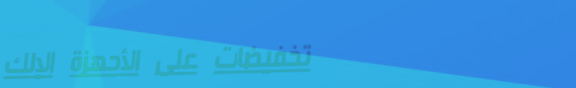
تخفيضات على الأجهزة الإلك